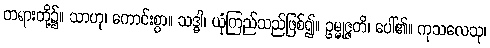
တရားတို့၌။ သာဟု၊ ကောင်းစွာ။ သဒ္ဓါ၊ ယုံကြည်သည်ဖြစ်၍။ ဥမ္မုဇ္ဇတိ၊ ပေါ်၏။ ကုသလေသု၊